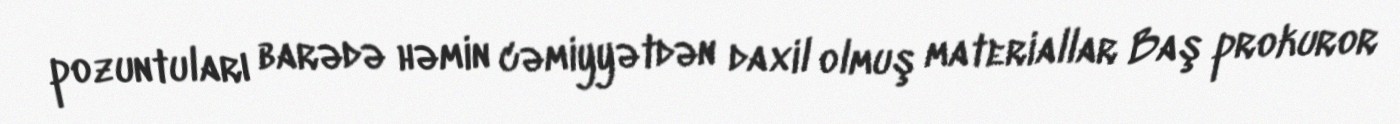
pozuntuları barədə həmin cəmiyyətdən daxil olmuş materiallar Baş prokuror